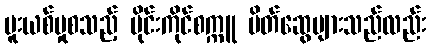
မူးယစ်မှုစသည့် မိုင်းကိုင်စက္ကူ မိတ်ဆွေများသည်လည်း